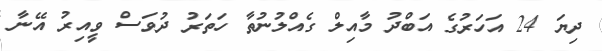
ދިޔަ 24 އަހަރުގެ އަބްދު މާއިލް ގެއްލުނުތާ ހަތަރު ދުވަސް ވީއިރު އޭނާ